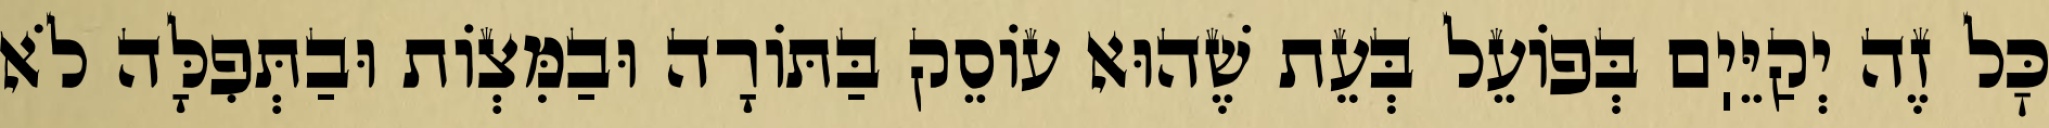
כׇּל זֶה יְקַיֵּיֽם בְּפוֹעֵל בְּעֵת שֶׁהוּא עוֹסֵק בַּתּוֹרָה וּבַמִּצְוֹת וּבַתְּפִלָּה לֹא